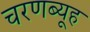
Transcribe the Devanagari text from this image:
चरणब्यूह